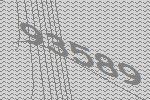
93589